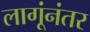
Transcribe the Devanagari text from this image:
लागूंनंतर